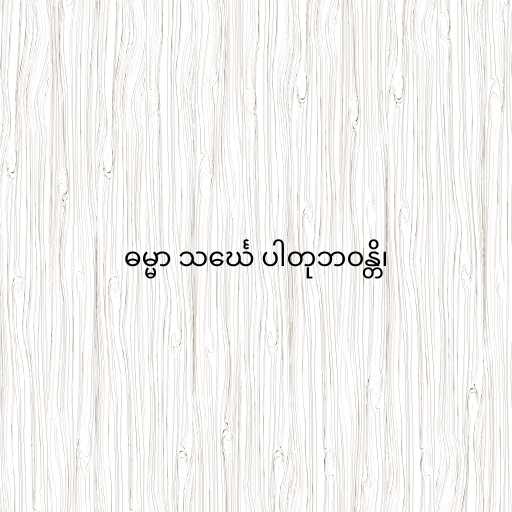
ဓမ္မာ သင်္ဃေ ပါတုဘဝန္တိ၊